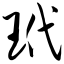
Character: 玳